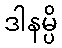
ဒါနမ္ပိ